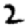
Digit: 2